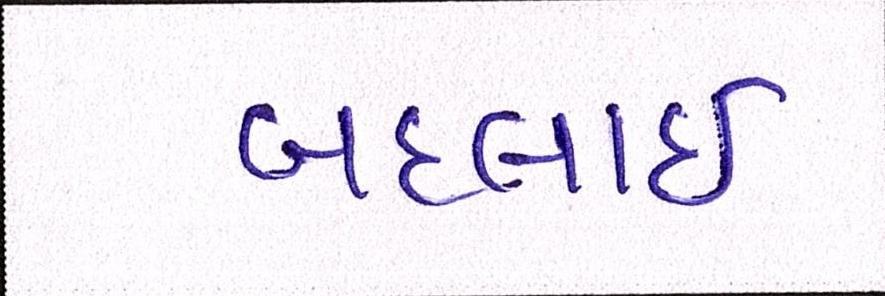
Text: બદલાઈ